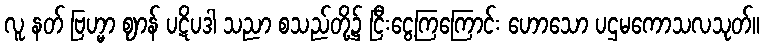
လူ နတ် ဗြဟ္မာ ဈာန် ပဋိပဒါ သညာ စသည်တို့၌ ငြီးငွေ့ကြကြောင်း ဟောသော ပဌမကောသလသုတ်။